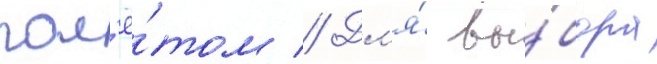
пол'ё́том // Дл'я́ вы́бора